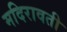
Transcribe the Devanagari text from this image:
मदिरावती